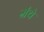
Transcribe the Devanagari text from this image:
ग्रंथे